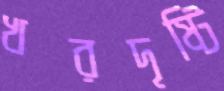
খরদৃষ্টি